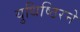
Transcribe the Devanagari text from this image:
युधिष्ठिरने